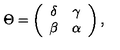
\Theta = \left( \begin{array} { c c } { \delta } & { \gamma } \\ { \beta } & { \alpha } \\ \end{array} \right) ,